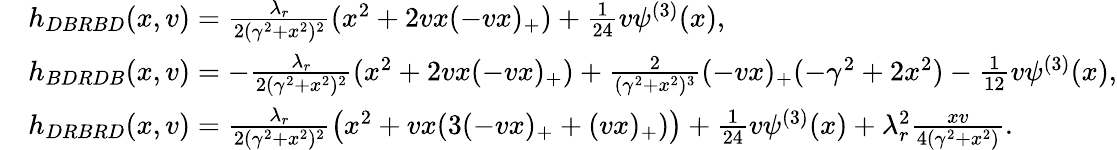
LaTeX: \begin{array}{rl}&{h_{DBRBD}(x,v)=\frac{\lambda_{r}}{2(\gamma^{2}+x^{2})^{2}}(x^{2}+2vx(-vx)_{+})+\frac{1}{24}v\psi^{(3)}(x),}\\ &{h_{BDRDB}(x,v)=-\frac{\lambda_{r}}{2(\gamma^{2}+x^{2})^{2}}(x^{2}+2vx(-vx)_{+})+\frac{2}{(\gamma^{2}+x^{2})^{3}}(-vx)_{+}(-\gamma^{2}+2x^{2})-\frac{1}{12}v\psi^{(3)}(x),}\\ &{h_{DRBRD}(x,v)=\frac{\lambda_{r}}{2(\gamma^{2}+x^{2})^{2}}\left(x^{2}+vx(3(-vx)_{+}+(vx)_{+})\right)+\frac{1}{24}v\psi^{(3)}(x)+\lambda_{r}^{2}\frac{xv}{4(\gamma^{2}+x^{2})}.}\end{array}